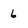
Character: 6